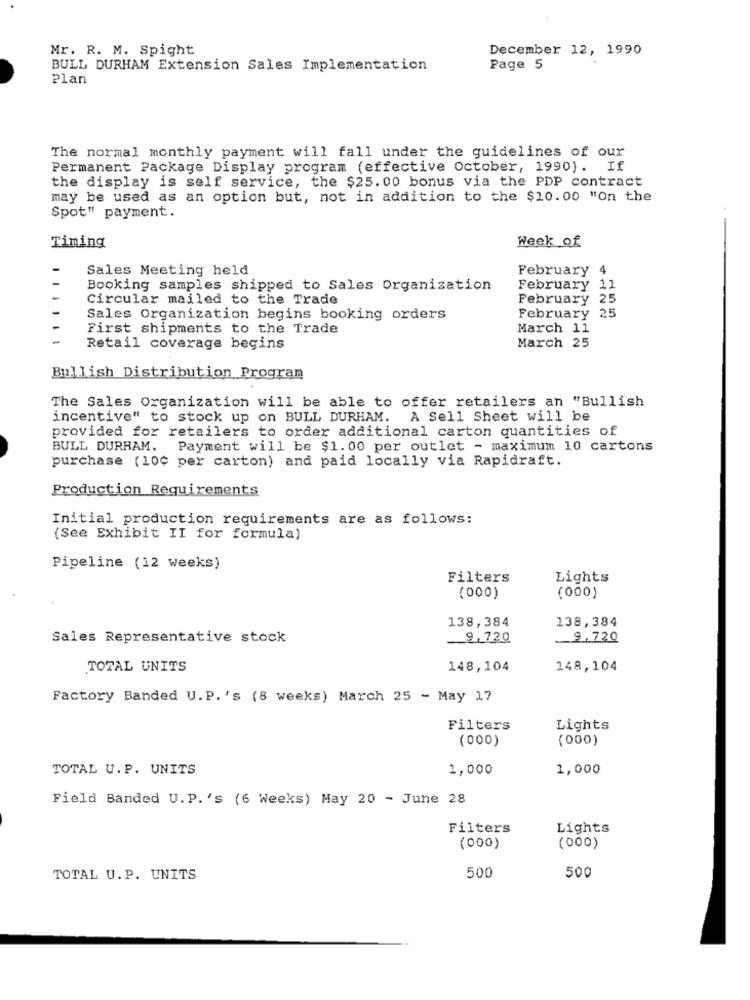
Mr. R. M. Spight
December 12, 1990
BULL DURHAM Extension Sales Implementation
Page 5
Plan
The normal monthly payment will fall under the guidelines of our
Permanent Package Display program (effective October, 1990). If
the display is self service, the $25.00 bonus via the PDP contract
may be used as an option but, not in addition to the $10.00 "On the
Spot" payment.
Week of
Timing
Sales Meeting held
February 4
Booking samples shipped to Sales Organization
February 11
Circular mailed to the Trade
February 25
Sales Organization begins booking orders
February 25
First shipments to the Trade
March 11
March 25
Retail coverage begins
Bullish Distribution Program
The Sales Organization will be able to offer retailers an "Bullish
incentive" to stock up on BULL DURHAM. A Sell Sheet will be
provided for retailers to order additional carton quantities of
BULL DURHAM. Payment will be $1.00 per outlet - maximum 10 cartons
purchase (100 per carton) and paid locally via Rapidraft.
Production Requirements
Initial production requirements are as follows:
(See Exhibit II for formula)
Pipeline (12 weeks)
Filters
Lights
(000)
(000)
138,384
138,384
Sales Representative stock
9,720
9.720
TOTAL UNITS
148,104
148,104
Factory Banded U. P.'s (8 weeks) March 25 - May 17
Filters
Lights
(000)
(000)
TOTAL U.P. UNITS
1,000
1,000
Field Banded U.P.'s (6 Weeks) May 20 - June 28
Filters
Lights
(000)
(000)
500
TOTAL U.P. UNITS
500